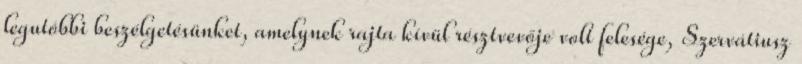
legutóbbi beszélgetésünket, amelynek rajta kívül résztvevője volt felesége, Szervátiusz